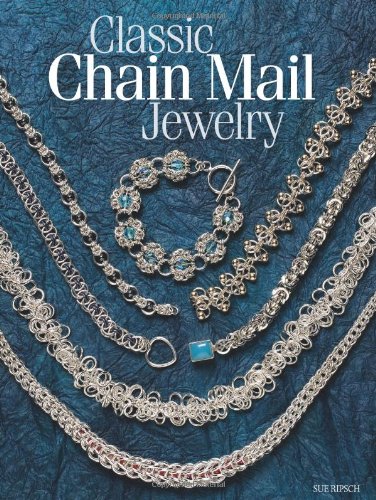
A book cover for Classic Chain Mail Jewelry: A treasury of weaves; Sue Ripsch; Crafts, Hobbies & Home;